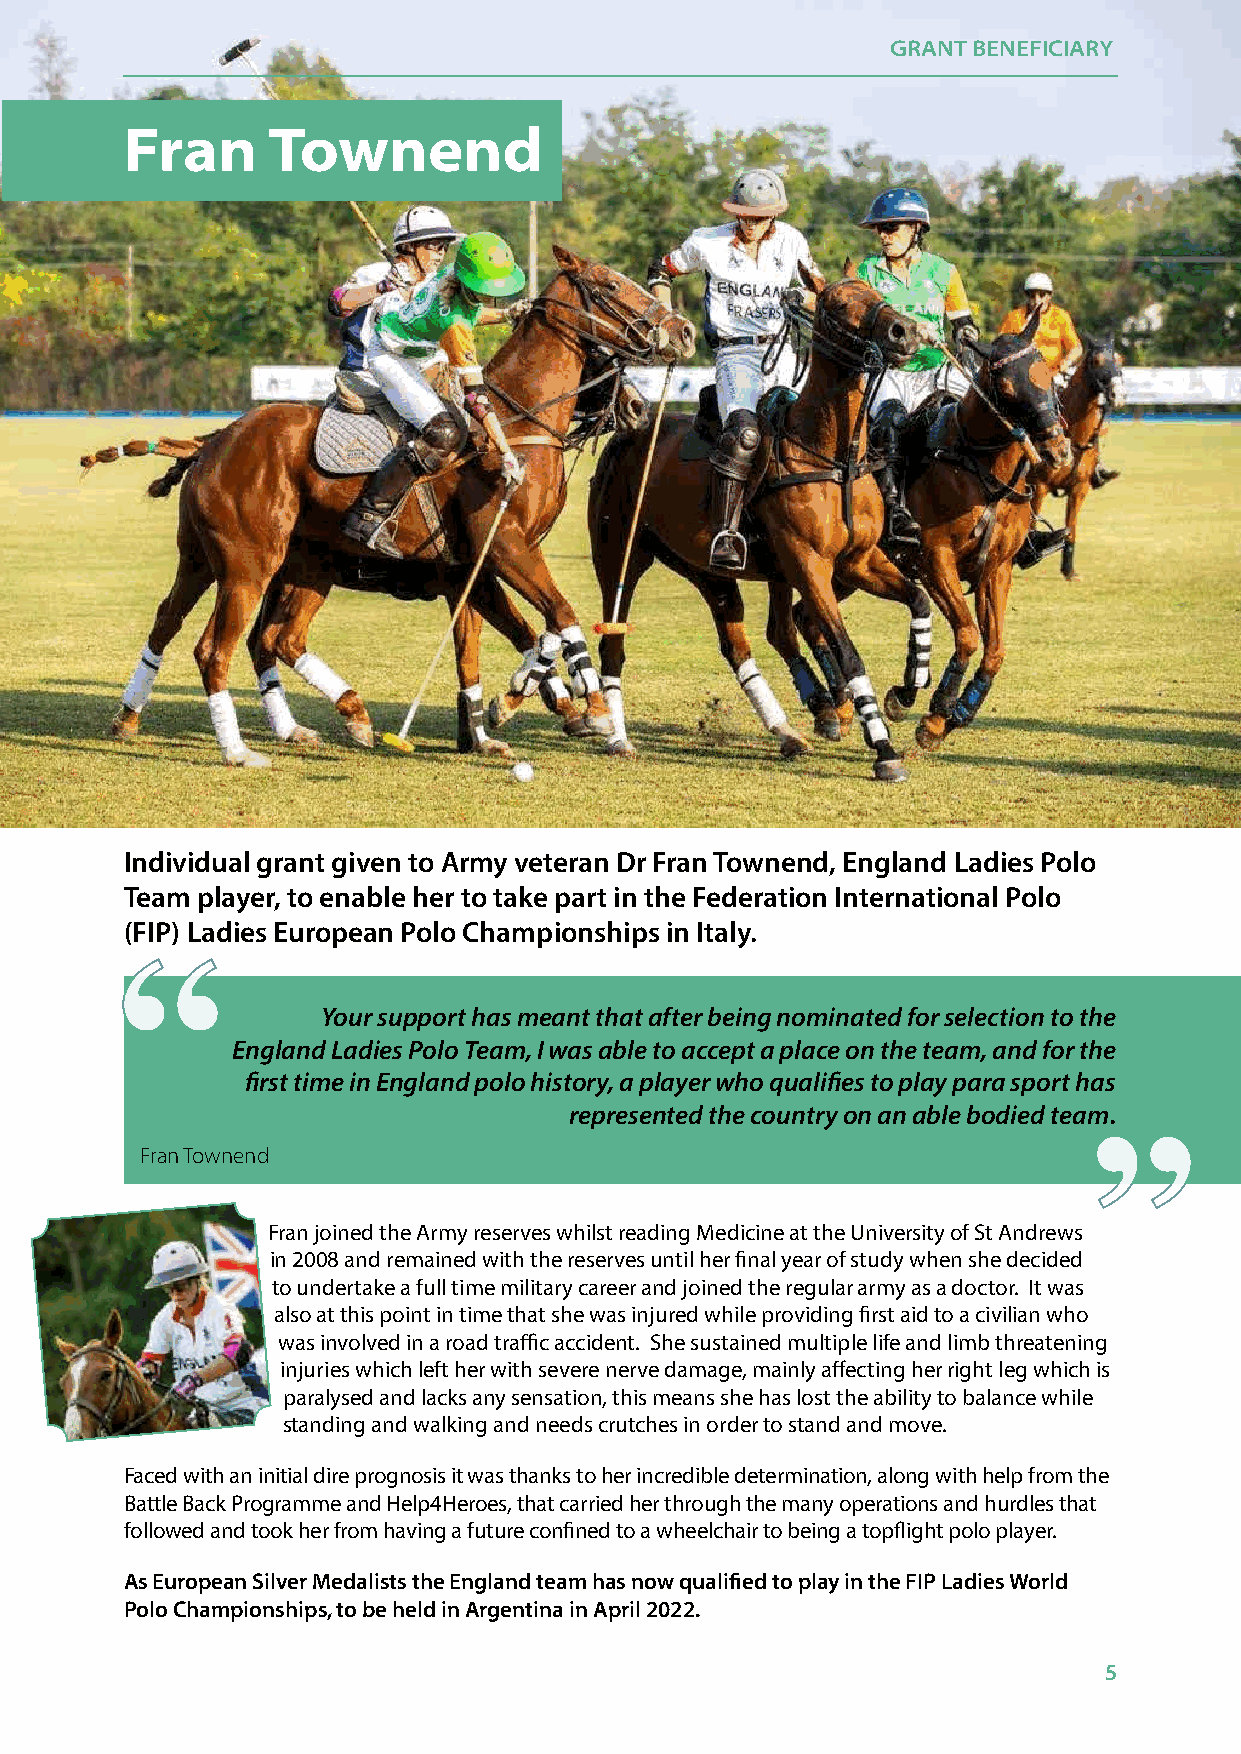
ImpaGcRt AReNpTo BrEt N20E2F0IC-2IA0R2Y1
 FFrraann  TToowwnneenndd
 Individual grant given to Army veteran Dr Fran Townend, England Ladies Polo
 Team player, to enable her to take part in the Federation International Polo
 (FIP) Ladies European Polo Championships in Italy.
 ““
 ““
 Your support has meant that after being nominated for selection to the
 England Ladies Polo Team, I was able to accept a place on the team, and for the
 first time in England polo history, a player who qualifies to play para sport has
 represented the country on an able bodied team.
 Fran Townend
 Fran joined the Army reserves whilst reading Medicine at the University of St Andrews
 in 2008 and remained with the reserves until her final year of study when she decided
 to undertake a full time military career and joined the regular army as a doctor. It was
 also at this point in time that she was injured while providing first aid to a civilian who
 was involved in a road traffic accident. She sustained multiple life and limb threatening
 injuries which left her with severe nerve damage, mainly affecting her right leg which is
 paralysed and lacks any sensation, this means she has lost the ability to balance while
 standing and walking and needs crutches in order to stand and move.
 Faced with an initial dire prognosis it was thanks to her incredible determination, along with help from the
 Battle Back Programme and Help4Heroes, that carried her through the many operations and hurdles that
 followed and took her from having a future confined to a wheelchair to being a topflight polo player.
 As European Silver Medalists the England team has now qualified to play in the FIP Ladies World
 Polo Championships, to be held in Argentina in April 2022.
 5